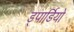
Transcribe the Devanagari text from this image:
ड्पार्डियो